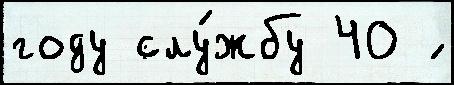
году слу́жбу 40 ́